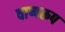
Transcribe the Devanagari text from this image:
वाष्परूप